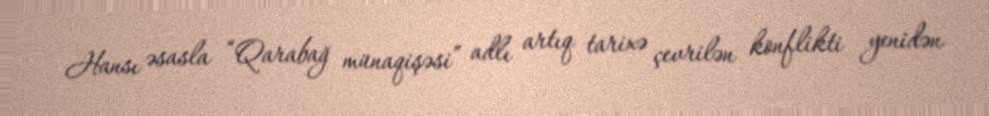
Hansı əsasla “Qarabağ münaqişəsi” adlı artıq tarixə çevrilən konflikti yenidən